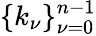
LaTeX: \{ k_{\nu}\} _{\nu=0}^{n-1}